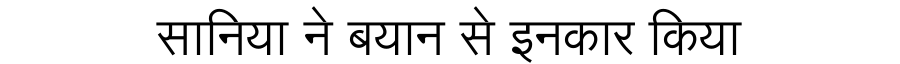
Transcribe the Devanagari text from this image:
सानिया ने बयान से इनकार किया